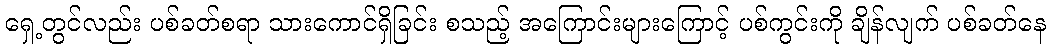
ရှေ့တွင်လည်း ပစ်ခတ်စရာ သားကောင်ရှိခြင်း စသည့် အကြောင်းများကြောင့် ပစ်ကွင်းကို ချိန်လျက် ပစ်ခတ်နေ